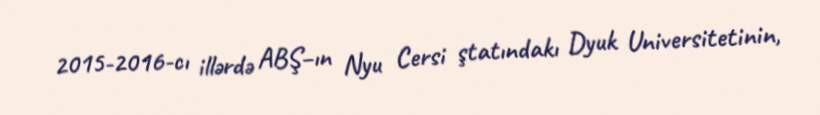
2015-2016-cı illərdə ABŞ–ın Nyu Cersi ştatındakı Dyuk Universitetinin,